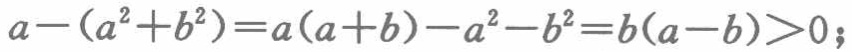
\(a-(a^{2}+b^{2})=a(a + b)-a^{2}-b^{2}=b(a - b)>0;\)